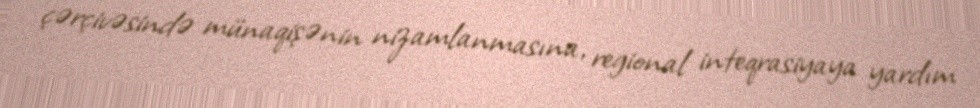
çərçivəsində münaqişənin nizamlanmasına, regional inteqrasiyaya yardım